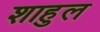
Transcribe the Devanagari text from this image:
शाहुल